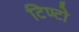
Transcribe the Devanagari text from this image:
टिण्टो